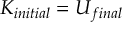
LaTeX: K _ { i n i t i a l } = U _ { f i n a l }